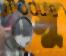
দাসু